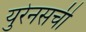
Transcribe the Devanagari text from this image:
युरेनसची